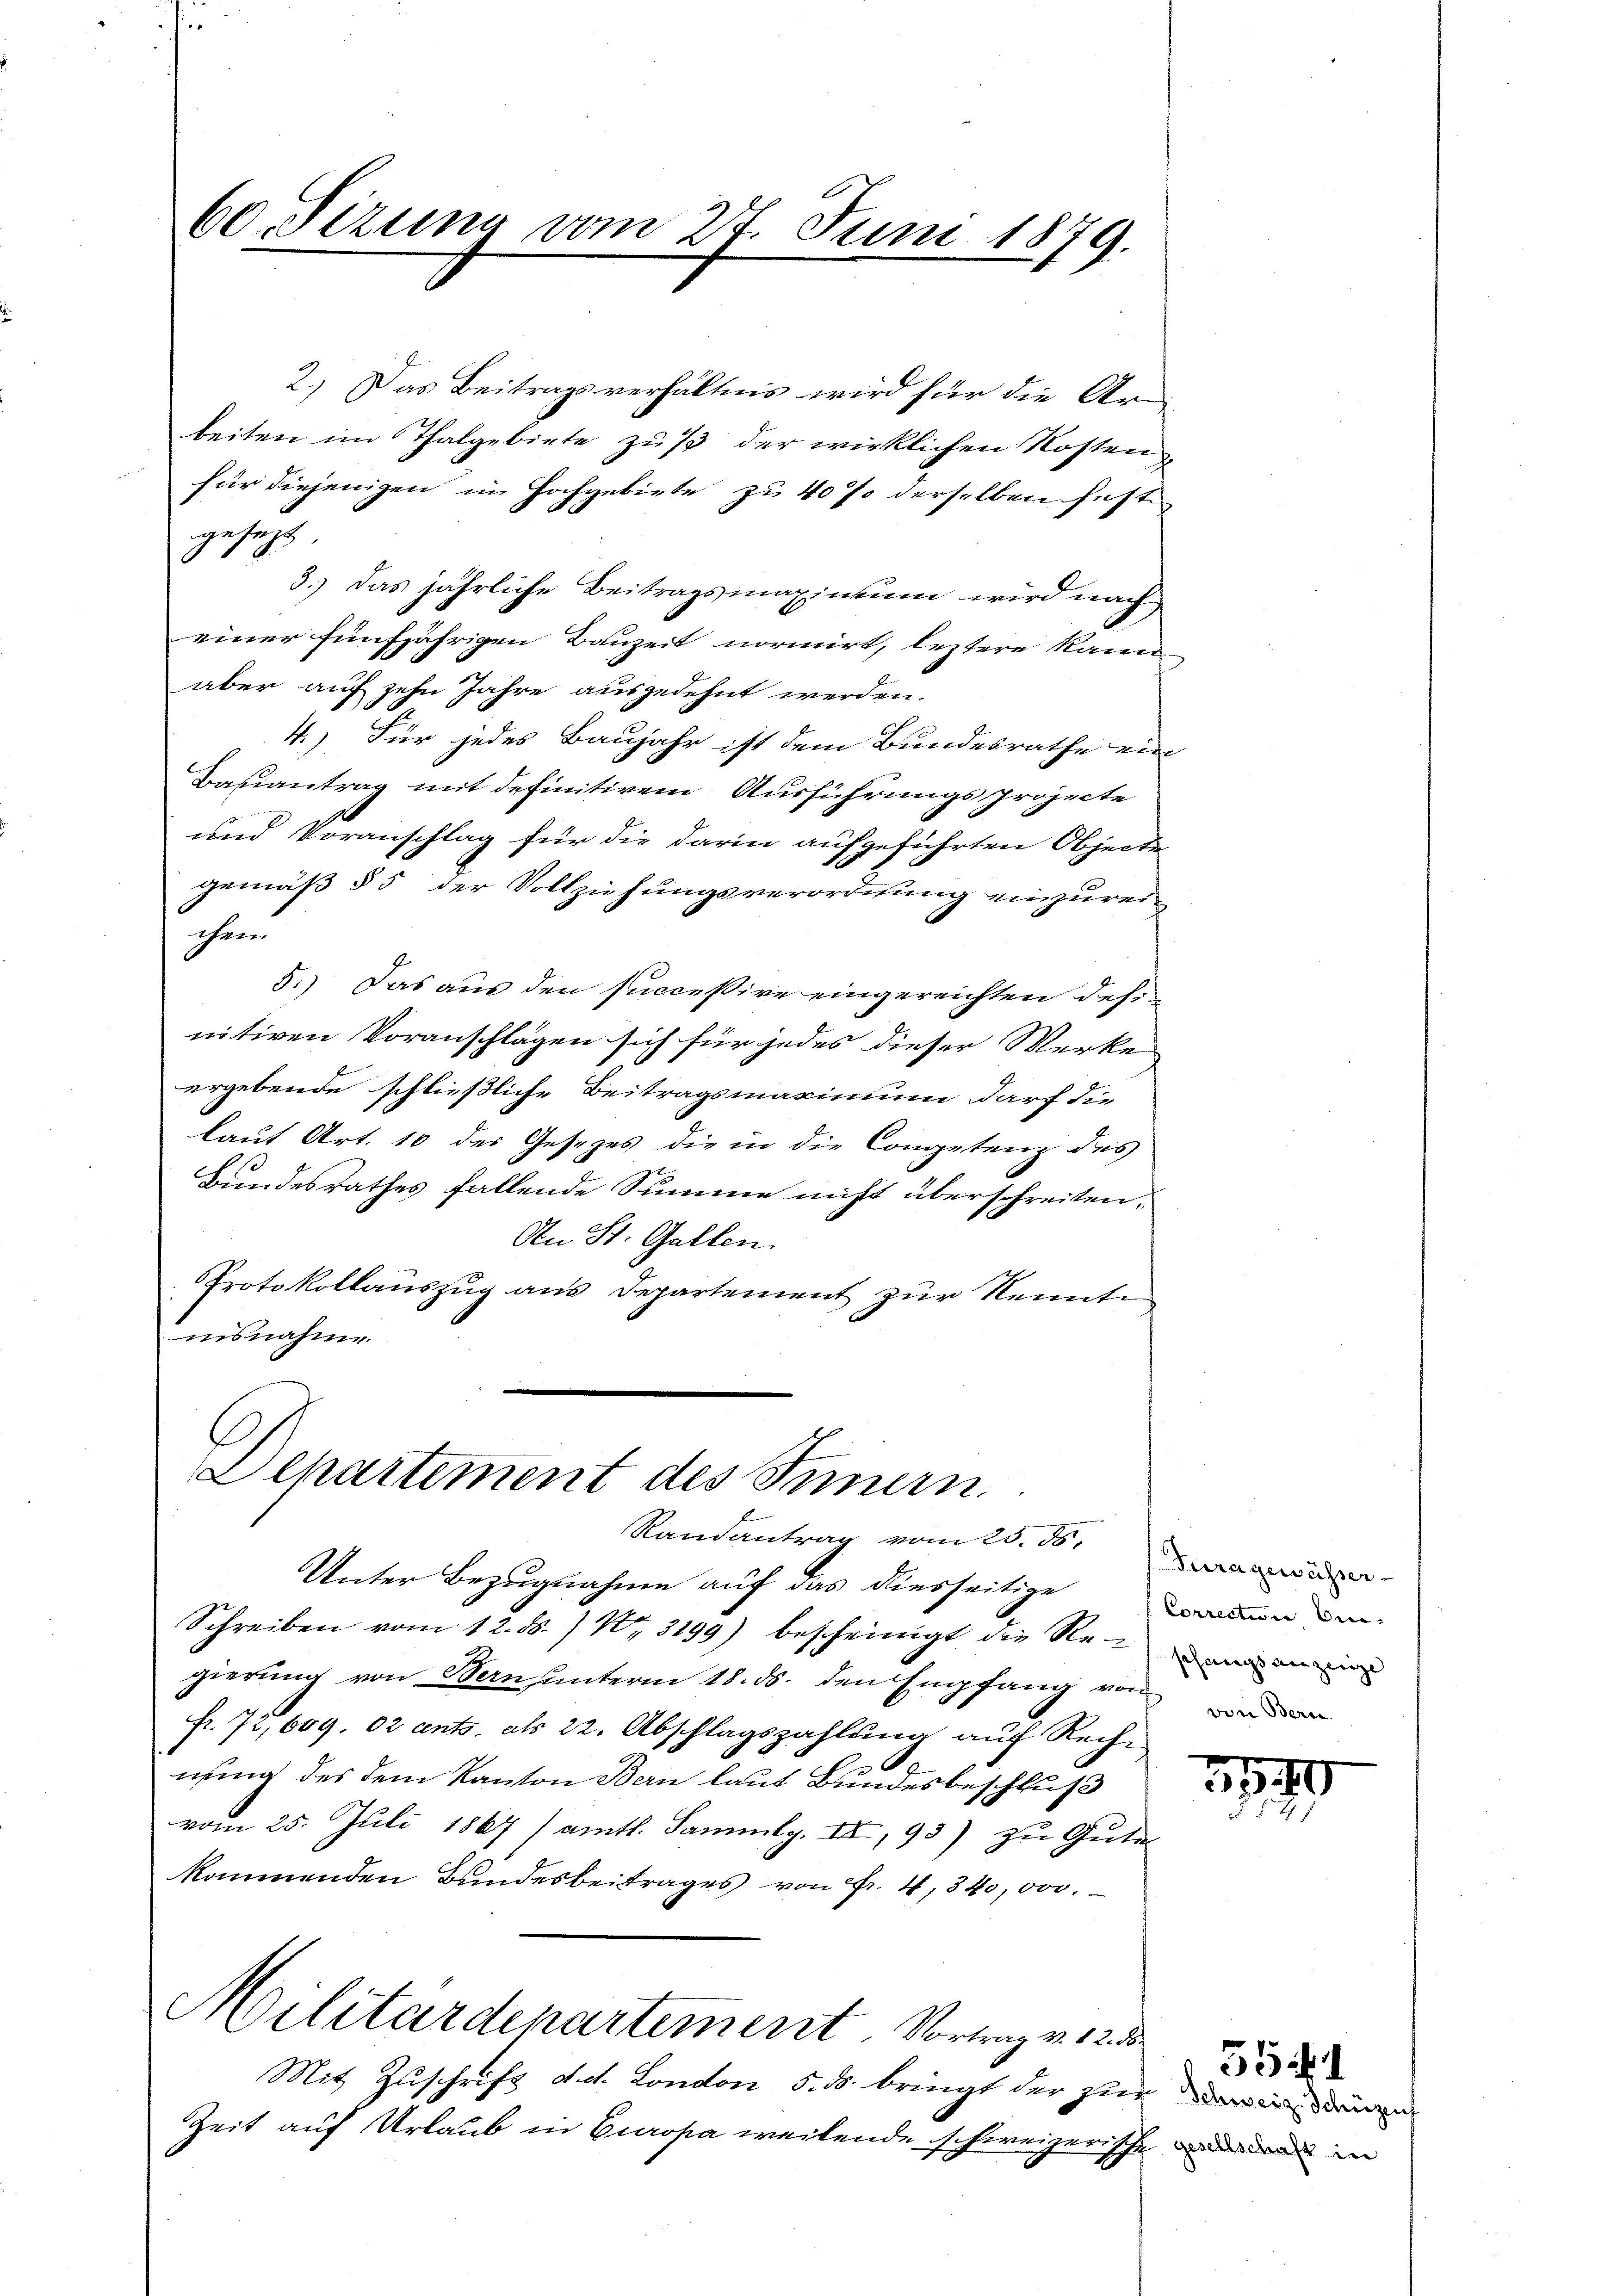
60 Sizung vom 27. Juni 1879.
n

gesezt
einer fünfjährigen Bauzeit normirt, leztere kann
aber auf zehn Jahre ausgedehnt werden.
4.) Für jedes Baujahr ist dem Bundesrathe ein
Bauantrag mit definitivem Ausführungsprojecte
und Voranschlag für die darin aufgeführten Objecte
gemäß § 5 der Vollziehungsverordnung einzureicherei
5.) Das aus den successive eingereichten desi-
nitiven Voranschlägen sich für jedes dieser Werke
ergebende schließliche Beitragsmaximum darf die
laut Art. 10 der Gesetzes die in die Competenz des
Bundesrathes fallende Summe nicht überschreiten,
An St. Gallen.
Protokollauszug aus Departement zur Nennte
iisnahme.
C
Departement des Innern
Randantrag vom 20. d. Jura gewürzer
Unter Bezugnahme auf das diesseitige
Schreiben vom 12. ds. / No. 3199) bescheinigt die Reini
gierung von Bern unterm 18. ds. den Empfang von
fr. 72, 609. 02 ents. als 22. Abschlagszahlŭng aŭf Rech
nung des dem Kanton Bern laut Bundesbeschluß
vom 25. Juli 1867 / amtl. Sammlg. II, 93) zu Gute
kommenden Bundesbeitrages von Fr. 4, 340,000.
Militärdepartement. Vortrag v. 12. d
Mit Zuschrift d. d. London 5. ds. bringt der zur Deine
Zeit auf Urlaub in Europa weitende schweizerische die in

2.) Das Beitragsverhältnis wird für die Ar
beiten im Thalgebiete zu der wirklichen Kostenfür diejenigen im Hochgebiete zu 40 % derselben fest
3.) Das jährliche Beitragsmaxinkum wird nach

Correction be- |
von Bern.

5541